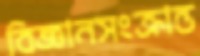
বিজ্ঞানসংক্রান্ত